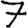
Digit: 7